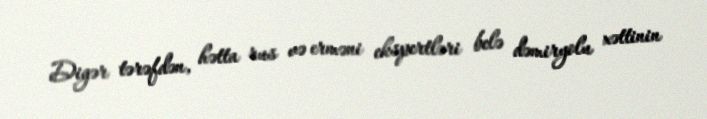
Digər tərəfdən, hətta rus və erməni ekspertləri belə dəmiryolu xəttinin